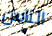
الناس